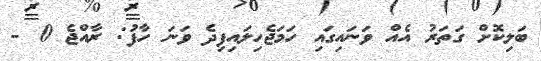
ބަލިކޮށް ގަތަރު އެއް ވަނައިގައި ހަަަމަޖެހިލައިފިދެ ވަނަ ހާފު: ރާއްޖެ 0 -